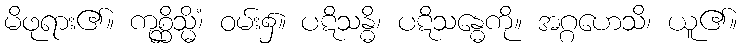
မိဖုရား၏။ ကုစ္ဆိသ္မိံ၊ ဝမ်း၌။ ပဋိသန္ဓိ၊ ပဋိသန္ဓေကို။ အဂ္ဂဟေသိ၊ ယူ၏။